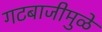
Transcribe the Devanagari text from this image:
गटबाजीमुळे